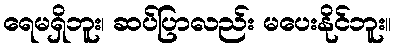
ရေမရှိဘူး၊ ဆပ်ပြာလည်း မပေးနိုင်ဘူး။